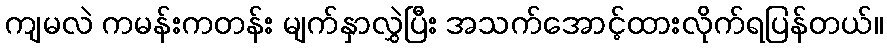
ကျမလဲ ကမန်းကတန်း မျက်နှာလွှဲပြီး အသက်အောင့်ထားလိုက်ရပြန်တယ်။